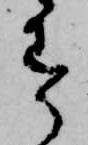
す